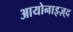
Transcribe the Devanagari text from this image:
आयोनाइज़्द